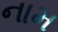
નામ